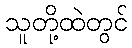
သူတို့ထဲတွင်